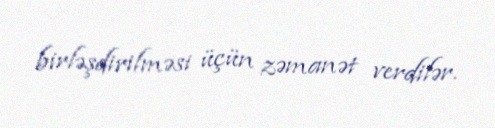
birləşdirilməsi üçün zəmanət verdilər.